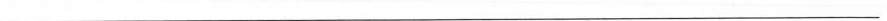
___